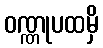
ဝဏ္ဏုပထမှိ